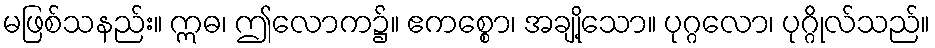
မဖြစ်သနည်း။ ဣဓ၊ ဤလောက၌။ ဧကစ္စော၊ အချို့သော။ ပုဂ္ဂလော၊ ပုဂ္ဂိုလ်သည်။